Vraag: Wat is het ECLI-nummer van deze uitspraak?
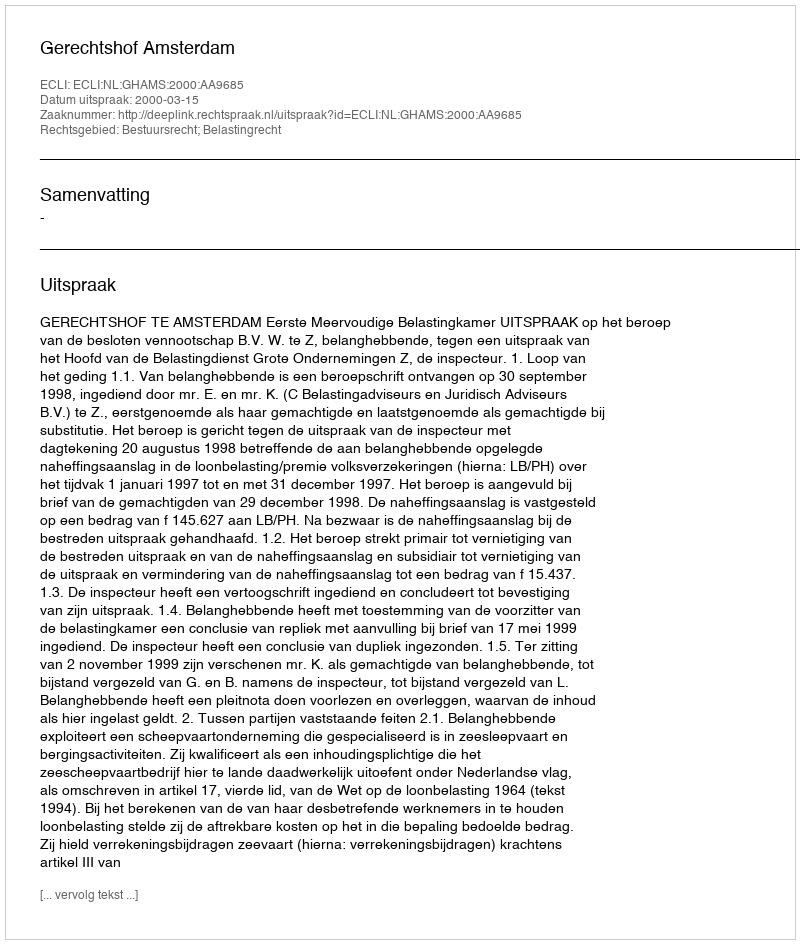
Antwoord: ECLI:NL:GHAMS:2000:AA9685